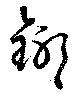
鎁